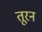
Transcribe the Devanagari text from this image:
तूरन